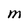
Character: M